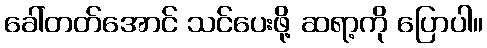
ခေါ်တတ်အောင် သင်ပေးဖို့ ဆရာ့ကို ပြောပါ။